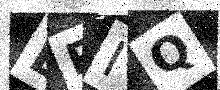
Text: EPIQ